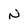
Character: N